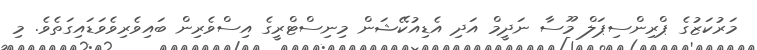
މަރުކަޒުގެ ޕްރިންސިޕަލް މޫސާ ނަދީމް އަދި އެޑިއުކޭޝަން މިނިސްޓްރީގެ އިސްވެރިން ބައިވެރިވެވަޑައިގަތެވެ. މި